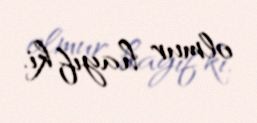
olmur hayıf ki.